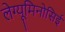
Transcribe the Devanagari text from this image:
लेग्यूमिनोसिई